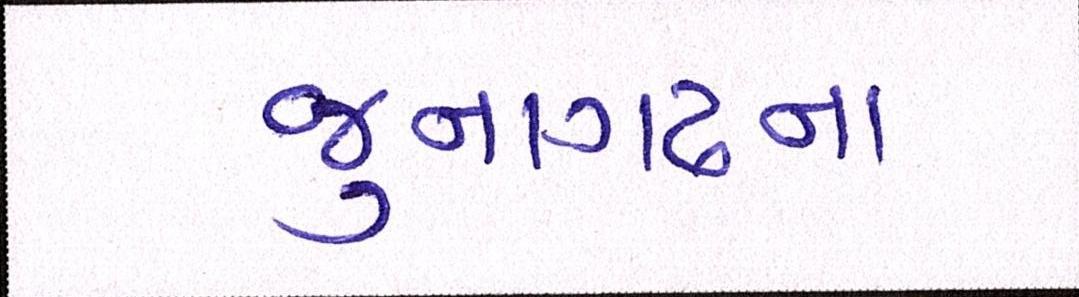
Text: જુનાગઢના